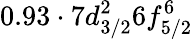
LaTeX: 0.93\cdot 7d_{3/2}^{2}6f_{5/2}^{6}